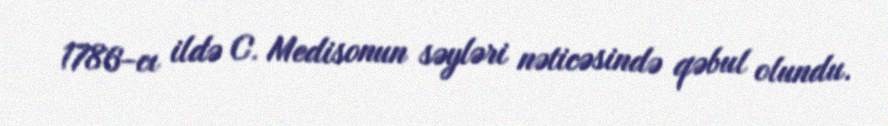
1786-cı ildə C. Medisonun səyləri nəticəsində qəbul olundu.